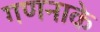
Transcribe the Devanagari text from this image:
गणनाके